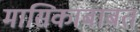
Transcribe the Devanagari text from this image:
मासिकाबाबत